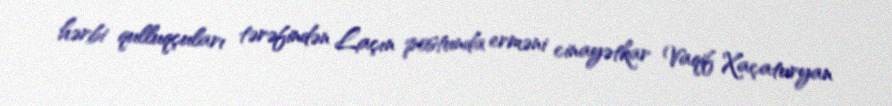
hərbi qulluqçuları tərəfindən Laçın postunda erməni cinayətkar Vaqif Xaçaturyan